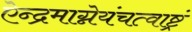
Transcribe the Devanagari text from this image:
ऐन्द्रमाग्नेयंचत्वाष्ट्रं